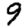
Digit: 9